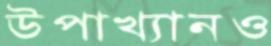
উপাখ্যানও